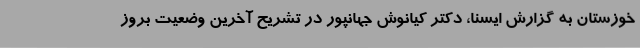
خوزستان به گزارش ایسنا، دکتر کیانوش جهانپور در تشریح آخرین وضعیت بروز